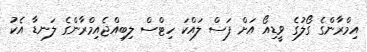
އިމްރާންގެ ގޯލުގެ ވީޑިއޯ އަށް ފަސް ލައްކަ ހިޓްސް ލިބިއްޖެއިމްރާންގެ ލަނޑާ އެކު